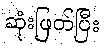
ဆုံးဖြတ်ပြီး